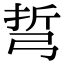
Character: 𢏨